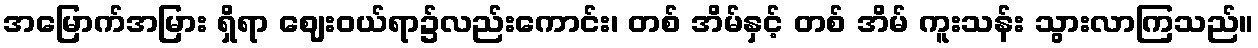
အမြောက်အမြား ရှိရာ ဈေးဝယ်ရာ၌လည်းကောင်း၊ တစ် အိမ်နှင့် တစ် အိမ် ကူးသန်း သွားလာကြသည်။